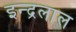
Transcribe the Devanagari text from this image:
इन्द्रलाल